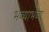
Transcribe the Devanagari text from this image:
भव्याभव्य